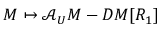
M \mapsto \mathcal { A } _ { U } M - D M [ R _ { 1 } ]